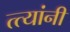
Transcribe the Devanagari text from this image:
त्त्यांनी